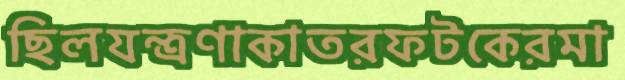
ছিলযন্ত্রণাকাতরফটকেরমা